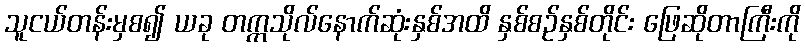
သူငယ်တန်းမှစ၍ ယခု တက္ကသိုလ်နောက်ဆုံးနှစ်အထိ နှစ်စဉ်နှစ်တိုင်း ဖြေဆိုတာကြီးကို